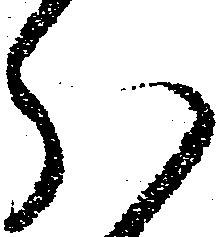
分